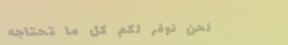
نحن نوفر لكم كل ما تحتاجه